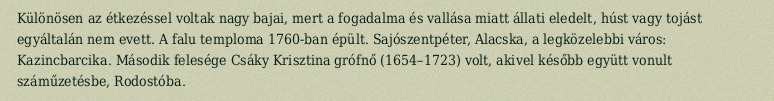
Különösen az étkezéssel voltak nagy bajai, mert a fogadalma és vallása miatt állati eledelt, húst vagy tojást egyáltalán nem evett. A falu temploma 1760-ban épült. Sajószentpéter, Alacska, a legközelebbi város: Kazincbarcika. Második felesége Csáky Krisztina grófnő (1654–1723) volt, akivel később együtt vonult száműzetésbe, Rodostóba.